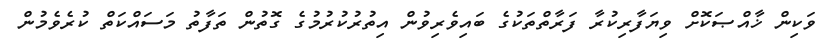
ވަކިން ޚާއްޞަކޮށް ވިޔަފާރިކުރާ ފަރާތްތަކުގެ ބައިވެރިވުން އިތުރުކުރުމުގެ ގޮތުން ތަފާތު މަސައްކަތް ކުރެވެމުން